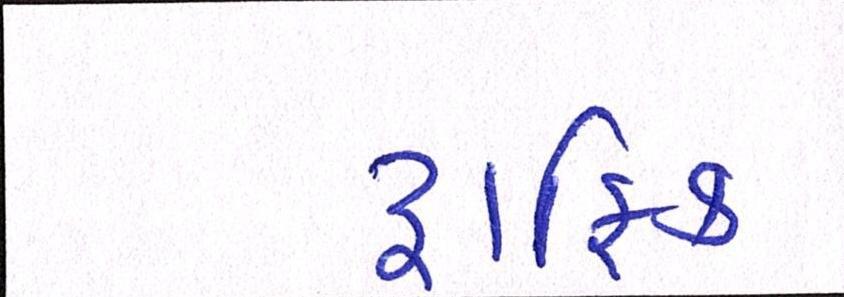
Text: ટ્રાફિક